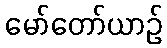
မော်တော်ယာဉ်